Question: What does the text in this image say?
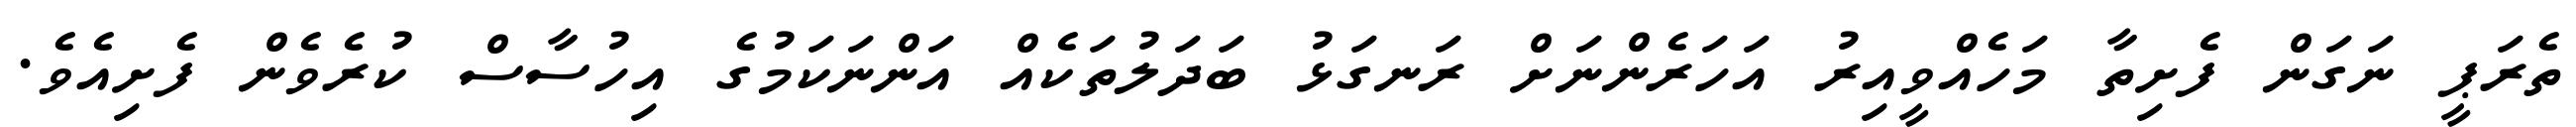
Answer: ތެރަޕީ ނަގަން ފެށިތާ މަހެއްވީއިރު އަހަރެންނަށް ރަނގަޅު ބަދަލުތަކެއް އަންނަކަމުގެ އިހުސާސް ކުރެވެން ފެށިއެވެ.